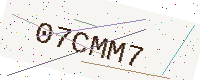
Text: 07CMM7